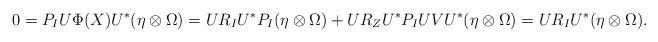
LaTeX: \begin{align*}0=P_I U\Phi(X)U^*(\eta \otimes \Omega)=UR_IU^*P_I(\eta \otimes \Omega) + UR_ZU^*P_IUVU^*(\eta \otimes \Omega)=UR_IU^*(\eta \otimes \Omega).\end{align*}